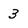
Character: 3